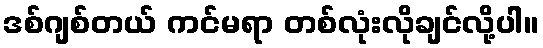
ဒစ်ဂျစ်တယ် ကင်မရာ တစ်လုံးလိုချင်လို့ပါ။